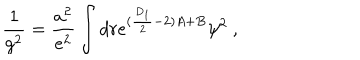
\frac { 1 } { g ^ { 2 } } = \frac { a ^ { 2 } } { e ^ { 2 } } \int d r e ^ { ( \frac { D _ { 1 } } { 2 } - 2 ) A + B } \psi ^ { 2 } ~ ,